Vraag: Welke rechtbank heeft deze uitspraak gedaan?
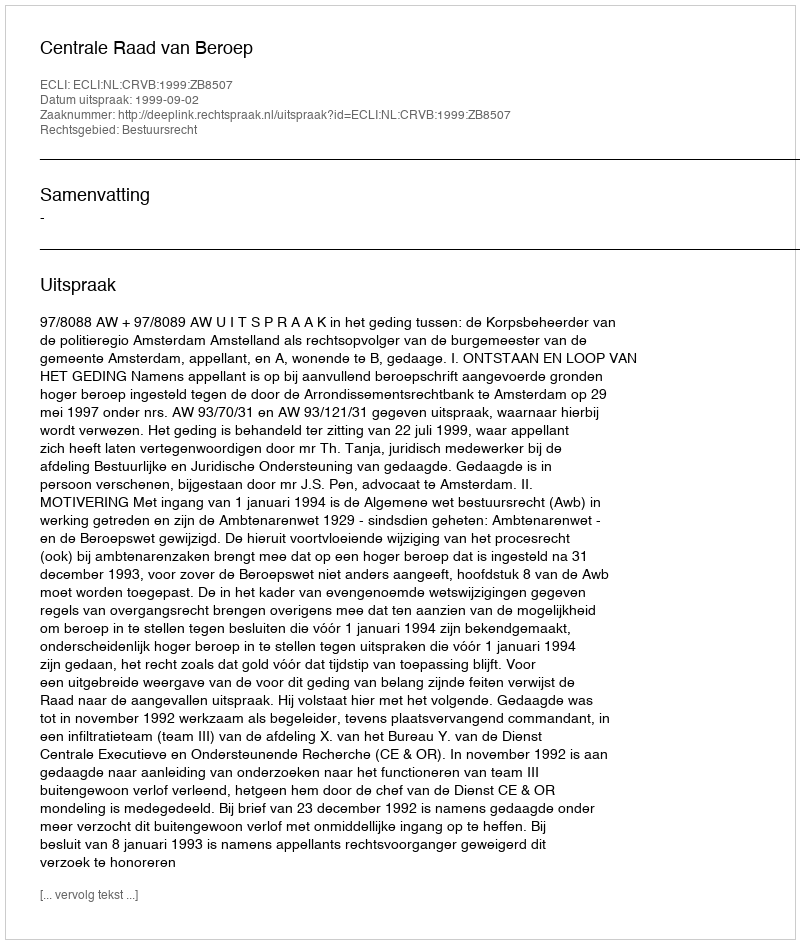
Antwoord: Centrale Raad van Beroep